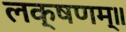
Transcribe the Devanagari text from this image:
लक्षणम्‌॥